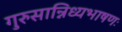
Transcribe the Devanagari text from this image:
गुरुसान्निध्यभाषणः